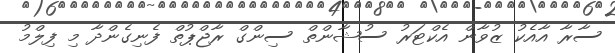
ސާރާ އާއެކު ޒުވާން އެކްޓަރު ސުޝާންތް ސިންގް ރާޖްޕުތް ފެނިގެންދާ މި ފިލްމު